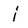
Character: j